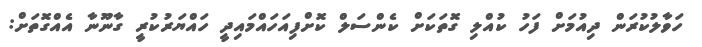
ހަވާލުކުރަން ދިއުމަށް ފަހު ކުއްލި ގޮތަކަށް ކެންސަލް ކޮށްފިއަހައްމައިދީ ހައްޔަރުކުރީ ގާނޫނާ އެއްގޮތަށް: